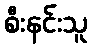
စီးနင်းသူ